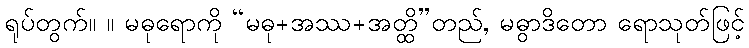
ရုပ်တွက်။ ။ မဓုရောကို “မဓု+အဿ+အတ္ထိ”တည်, မဓွာဒိတော ရောသုတ်ဖြင့်